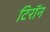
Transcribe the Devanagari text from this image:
टिरॉन